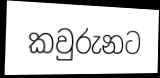
කවුරුනට